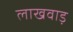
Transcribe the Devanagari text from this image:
लाखवाड़